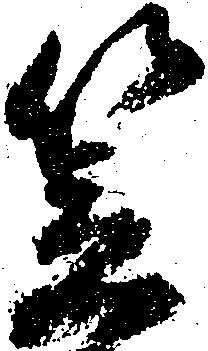
笠